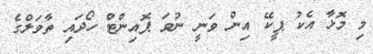
މި މޮޅާ އެކު ޕީކޭ އިން ވަނީ ނުވަ ޕޮއިންޓް ހޯދައި ތާވަލްގެ